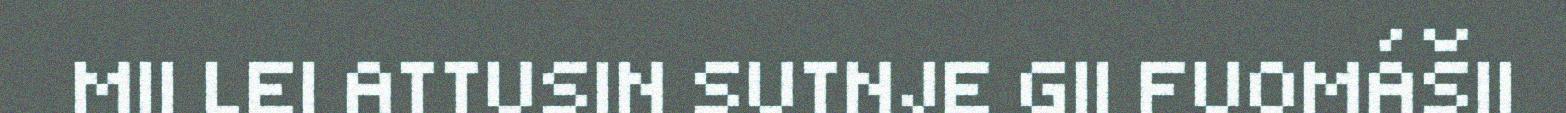
MII LEI ATTUSIN SUTNJE GII FUOMÁŠII